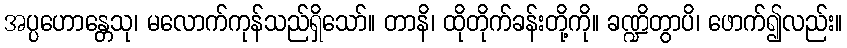
အပ္ပဟောန္တေသု၊ မလောက်ကုန်သည်ရှိသော်။ တာနိ၊ ထိုတိုက်ခန်းတို့ကို။ ခဏ္ဍိတွာပိ၊ ဖောက်၍လည်း။